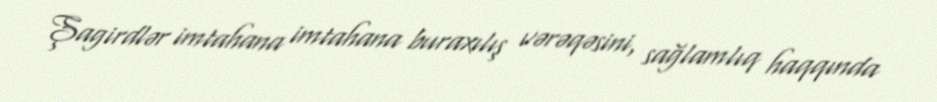
Şagirdlər imtahana imtahana buraxılış vərəqəsini, sağlamlıq haqqında